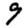
Digit: 9